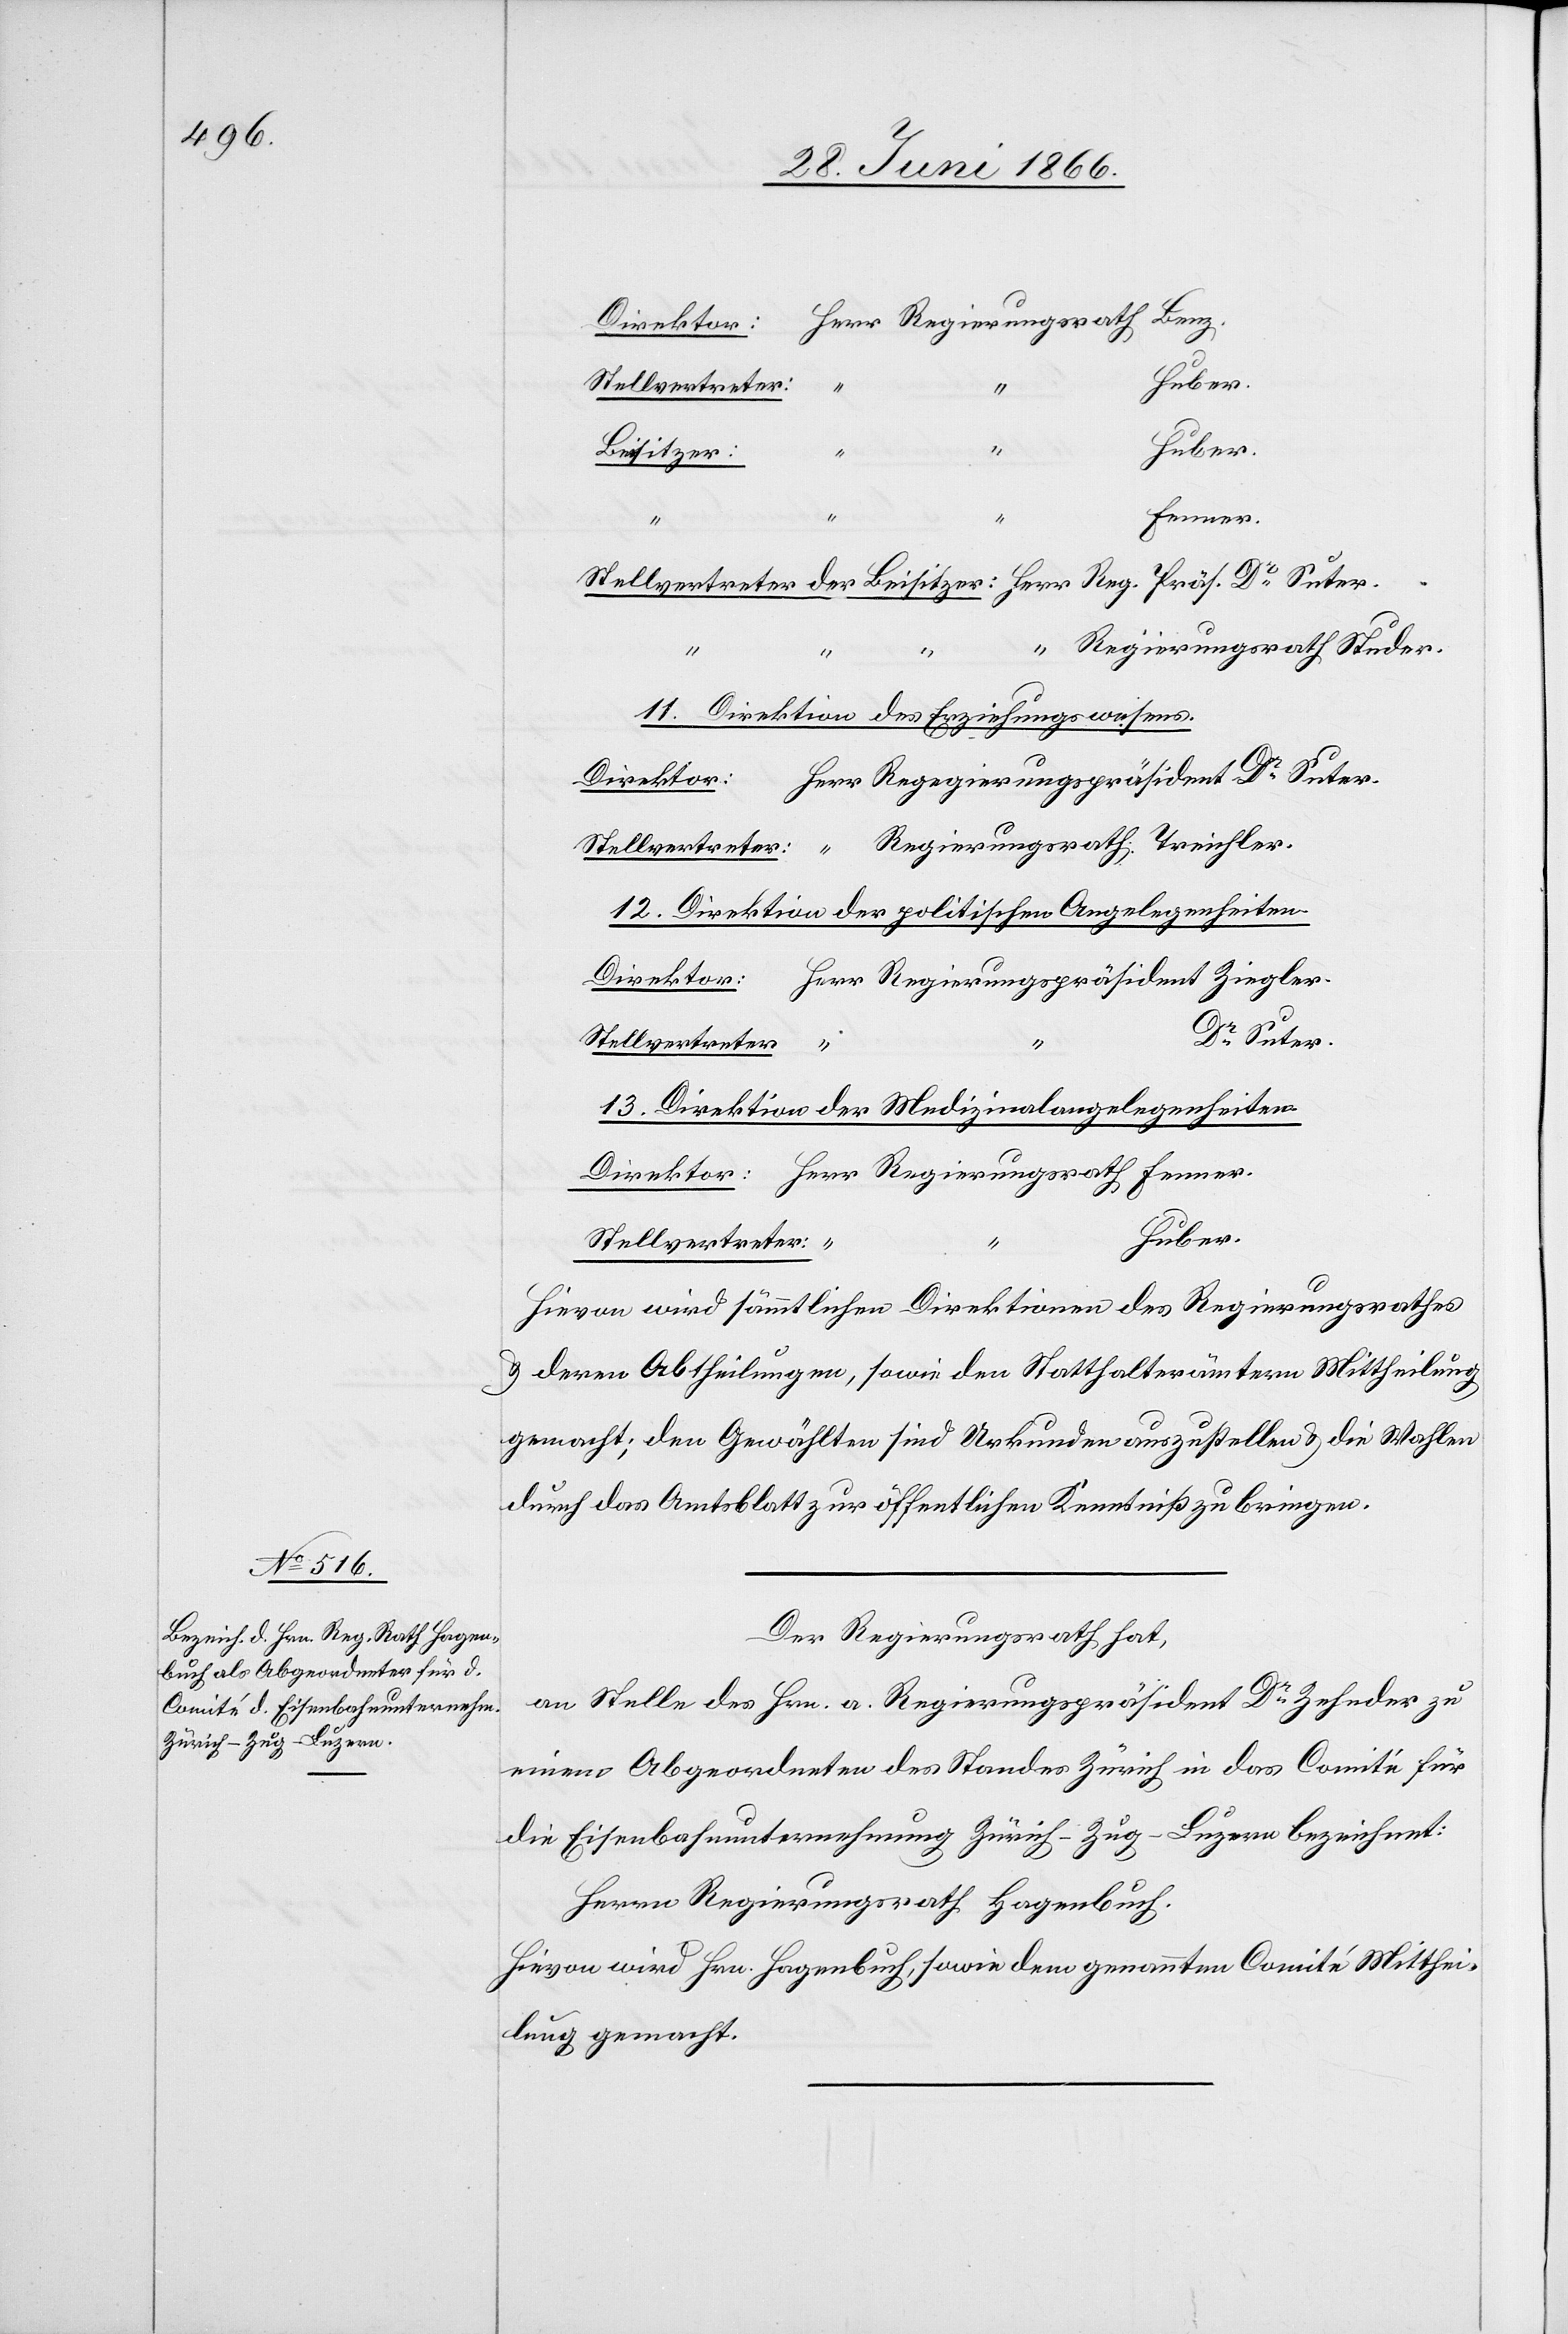
Beisitzer:
Fenner.
Regierungsrath Studer.
11. Direktion des Erziehungswesens.
12. Direktion der politischen Angelegenheiten.
Dr. Suter
Stellvertreter:
13. Direktion der Medizinalangelegenheiten.
Huber.
Stellvertreter:
Hievon wird sämmtlichen Direktionen des Regierungsrathes
u. deren Abtheilungen, sowie den Statthalterämtern Mittheilung
gemacht; den Gewählten sind Urkunden auszustellen u. die Wahlen
durch das Amtsblatt zur öffentlichen Kenntniß zu bringen.
Der Regierungsrath hat,
an Stelle des Hrn. a. Regierungspräsidenten Dr. Zehnder zu
einem Abgeordneten des Standes Zürich in das Comité für
die Eisenbahnunternehmung Zürich–Zug–Luzern bezeichnet:
Herrn Regierungsrath Hagenbuch.
Hievon wird Hrn. Hagenbuch, sowie dem genannten Comité Mitthei¬
lung gemacht.